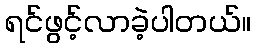
ရင်ဖွင့်လာခဲ့ပါတယ်။